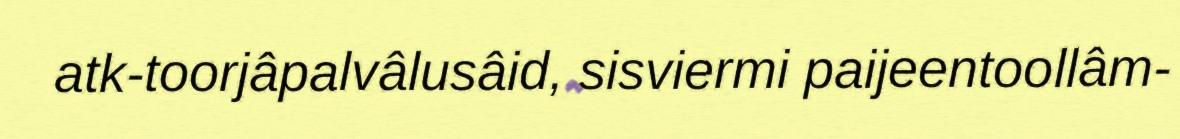
atk-toorjâpalvâlusâid, sisviermi paijeentoollâm-